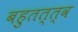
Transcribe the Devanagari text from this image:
बहुतत्त्व